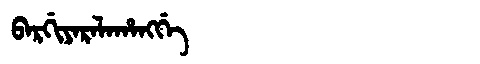
Manchu: ᠪᠠᡵᡤᡳᠶᠠᡵᠠᠯᠠᡥᠠᠩᡤᡝ
Romanization: BARGIYARALAHANGGE